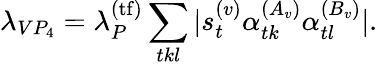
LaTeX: \lambda_{VP_{4}}=\lambda_{P}^{(\mathrm{tf})}\sum_{tkl}|s_{t}^{(v)}\alpha_{tk}^{(A_{v})}\alpha_{tl}^{(B_{v})}|.